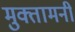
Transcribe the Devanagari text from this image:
मुक्तामनी